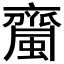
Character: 𧓉